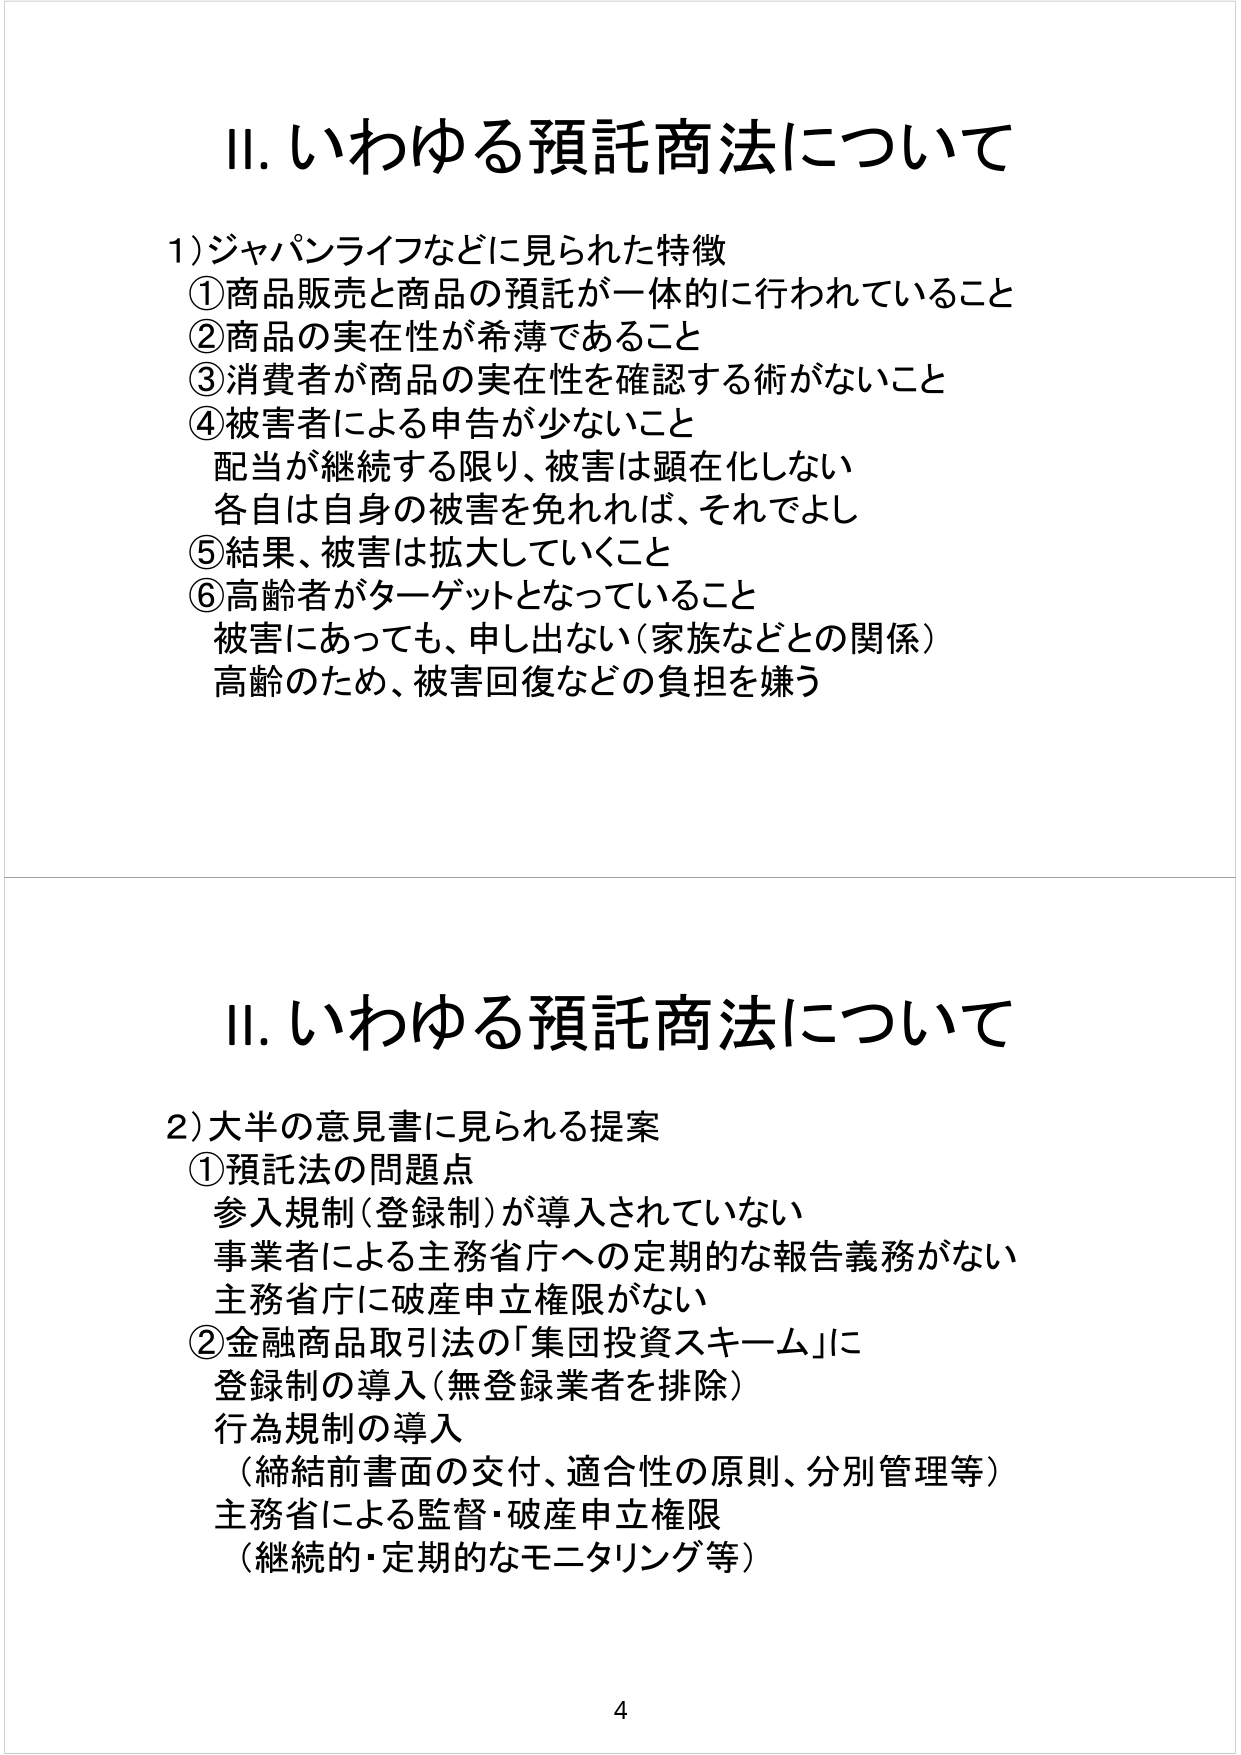
Ⅱ. いわゆる預託商法について

1) ジャパンライフなどに見られた特徴
① 商品販売と商品の預託が一体的に行われていること
② 商品の実在性が希薄であること
③ 消費者が商品の実在性を確認する術がないこと
④ 被害者による申告が少ないこと
　配当が継続する限り、被害は顕在化しない
　各自は自身の被害を免れれば、それでよし
⑤ 結果、被害は拡大していくこと
⑥ 高齢者がターゲットとなっていること
　被害にあっても、申し出ない（家族などとの関係）
　高齢のため、被害回復などの負担を嫌う

Ⅱ. いわゆる預託商法について

2) 大半の意見書に見られる提案
① 預託法の問題点
　参入規制（登録制）が導入されていない
　事業者による主務省庁への定期的な報告義務がない
　主務省庁に破産申立権限がない
② 金融商品取引法の「集団投資スキーム」に
　登録制の導入（無登録業者を排除）
　行為規制の導入
　（締結前書面の交付、適合性の原則、分別管理等）
　主務省による監督・破産申立権限
　（継続的・定期的なモニタリング等）

4